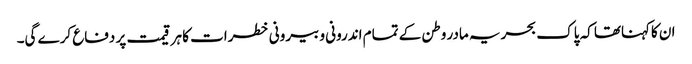
ان کاکہناتھا کہ پاک بحریہ مادر وطن کے تمام اندرونی و بیرونی خطرات کا ہر قیمت پر دفاع کرے گی۔